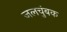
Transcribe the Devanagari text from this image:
जलचुंबक